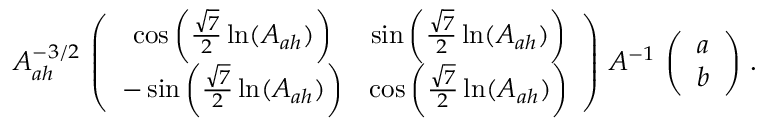
A _ { a h } ^ { - 3 / 2 } \, \left( \begin{array} { c c } { { \cos \left( \frac { \sqrt { 7 } } { 2 } \ln ( A _ { a h } ) \right) } } & { { \sin \left( \frac { \sqrt { 7 } } { 2 } \ln ( A _ { a h } ) \right) } } \\ { { - \sin \left( \frac { \sqrt { 7 } } { 2 } \ln ( A _ { a h } ) \right) } } & { { \cos \left( \frac { \sqrt { 7 } } { 2 } \ln ( A _ { a h } ) \right) } } \end{array} \right) \, { \cal A } ^ { - 1 } \, \left( \begin{array} { c } { { a } } \\ { { b } } \end{array} \right) \, .